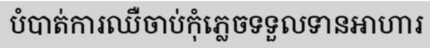
បំបាត់ការឈឺចាប់កុំភ្លេចទទួលទានអាហារ